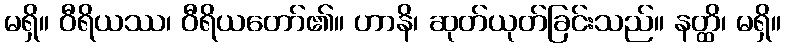
မရှိ။ ဝီရိယဿ၊ ဝီရိယတော်၏။ ဟာနိ၊ ဆုတ်ယုတ်ခြင်းသည်။ နတ္ထိ၊ မရှိ။